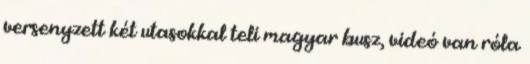
versenyzett két utasokkal teli magyar busz, videó van róla